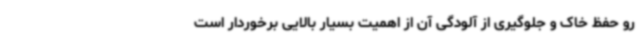
رو حفظ خاک و جلوگیری از آلودگی آن از اهمیت بسیار بالایی برخوردار است